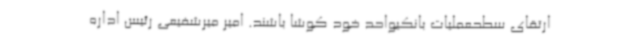
ارتقای سطحعملیات بانکیواحد خود کوشا باشند. امیر میرشفیعی رئیس اداره